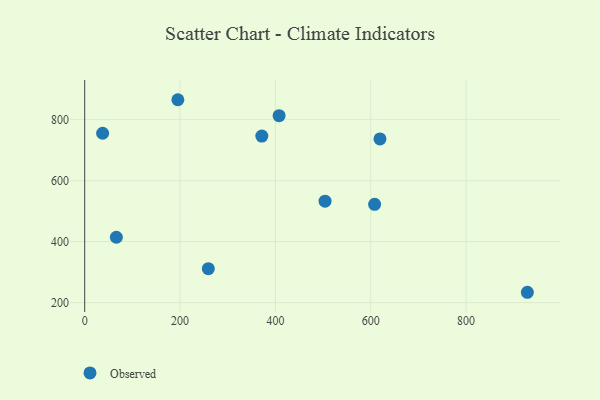
{"axis": {"x": "Speed", "y": "Demand"}, "legend": ["Observed"], "data": [{"x": "928.5", "y": 233.9, "type": "Observed"}, {"x": "407.7", "y": 813.0, "type": "Observed"}, {"x": "504.1", "y": 532.6, "type": "Observed"}, {"x": "371.5", "y": 746.1, "type": "Observed"}, {"x": "608.1", "y": 522.4, "type": "Observed"}, {"x": "259.3", "y": 311.3, "type": "Observed"}, {"x": "619.3", "y": 736.9, "type": "Observed"}, {"x": "195.4", "y": 865.3, "type": "Observed"}, {"x": "37.6", "y": 755.4, "type": "Observed"}, {"x": "66.4", "y": 414.4, "type": "Observed"}]}